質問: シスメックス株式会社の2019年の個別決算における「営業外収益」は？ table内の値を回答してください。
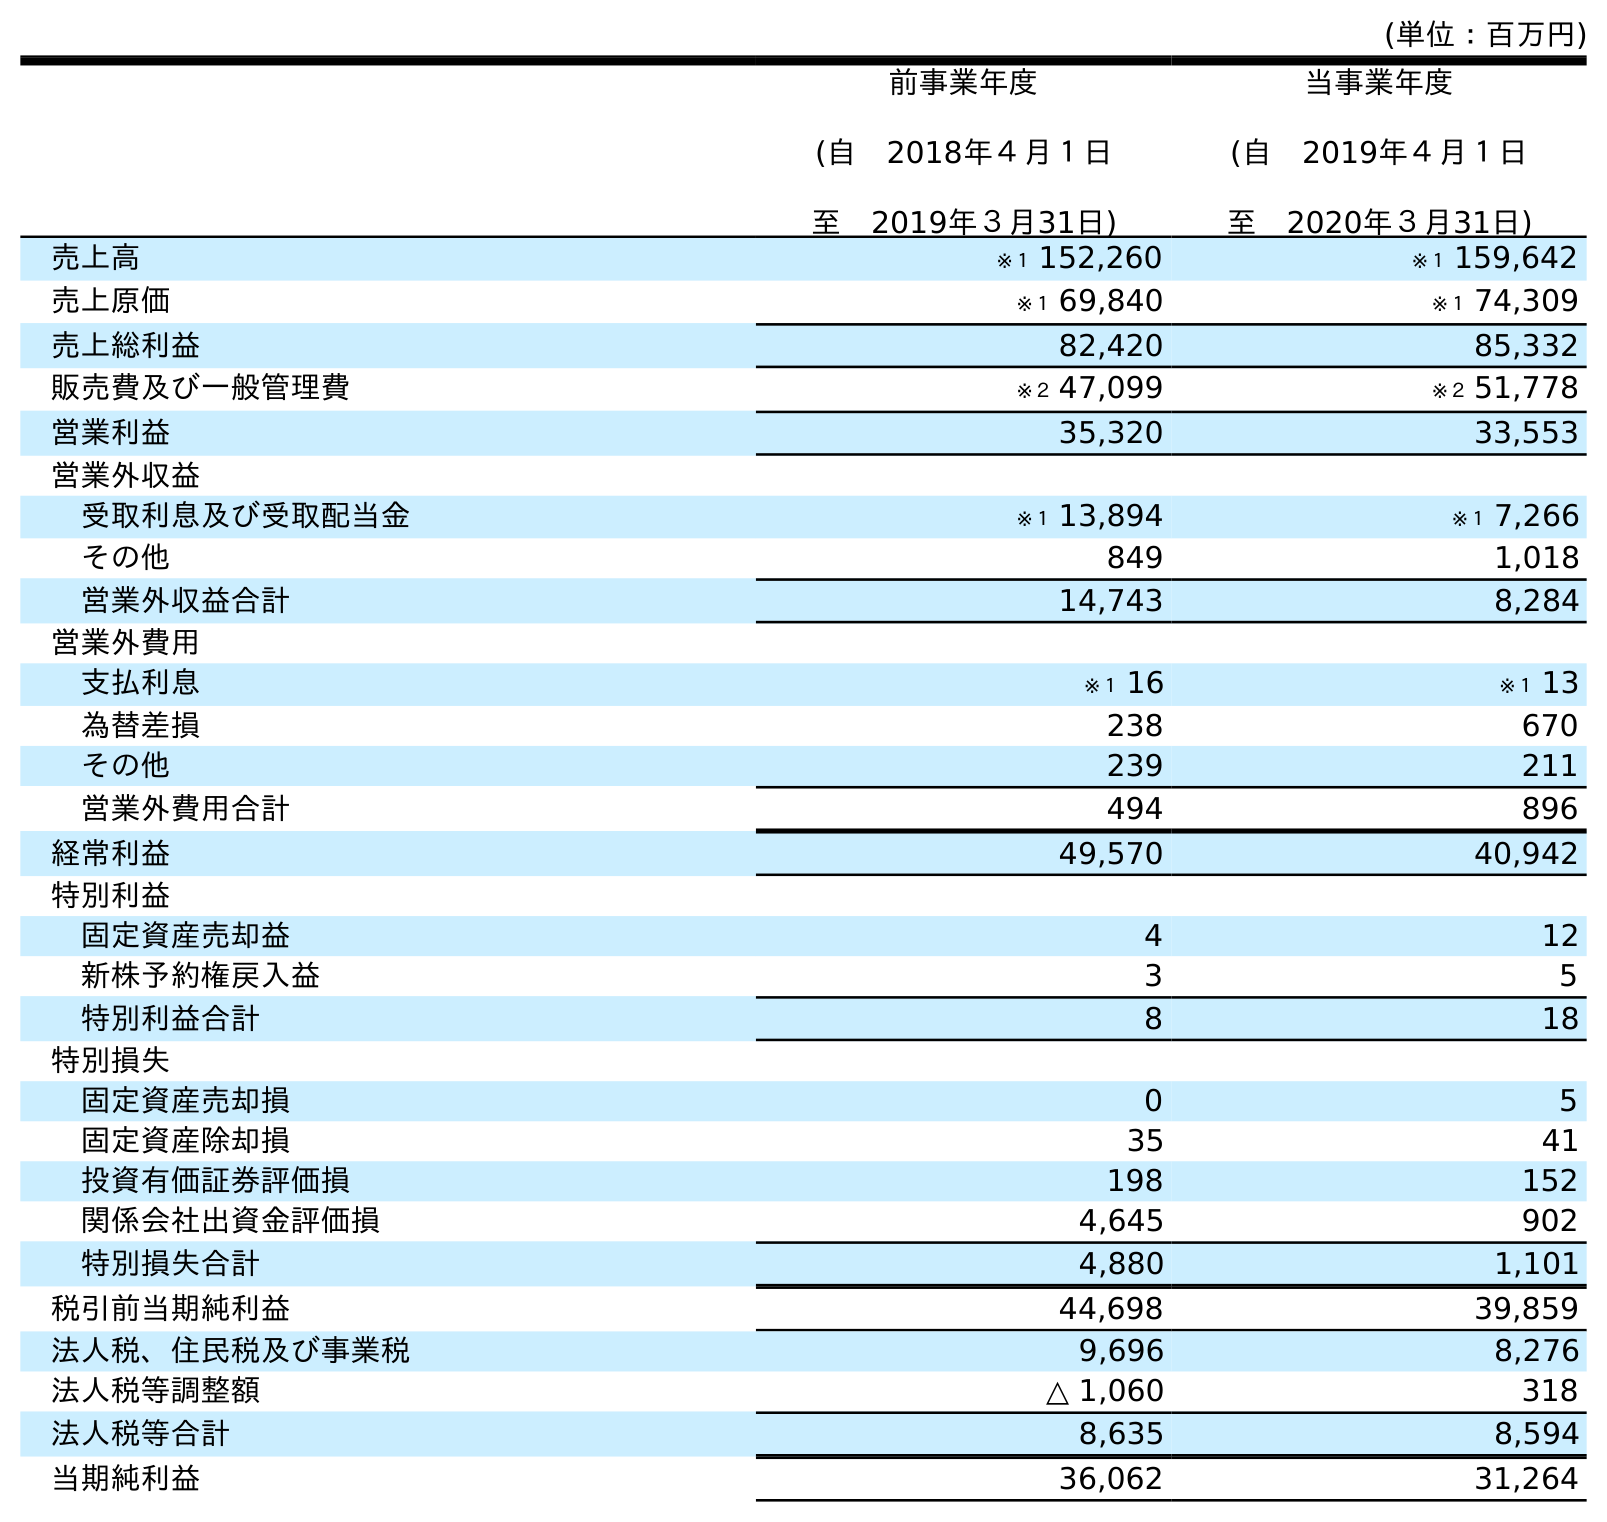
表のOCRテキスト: (単位：百万円) 前事業年度 (自 2018年４月１日 至 2019年３月31日) 当事業年度 (自 2019年４月１日 至 2020年３月31日) 売上高 ※１ 152,260 ※１ 159,642 売上原価 ※１ 69,840 ※１ 74,309 売上総利益 82,420 85,332 販売費及び一般管理費 ※２ 47,099 ※２ 51,778 営業利益 35,320 33,553 営業外収益 受取利息及び受取配当金 ※１ 13,894 ※１ 7,266 その他 849 1,018 営業外収益合計 14,743 8,284 営業外費用 支払利息 ※１ 16 ※１ 13 為替差損 238 670 その他 239 211 営業外費用合計 494 896 経常利益 49,570 40,942 特別利益 固定資産売却益 4 12 新株予約権戻入益 3 5 特別利益合計 8 18 特別損失 固定資産売却損 0 5 固定資産除却損 35 41 投資有価証券評価損 198 152 関係会社出資金評価損 4,645 902 特別損失合計 4,880 1,101 税引前当期純利益 44,698 39,859 法人税、住民税及び事業税 9,696 8,276 法人税等調整額 △ 1,060 318 法人税等合計 8,635 8,594 当期純利益 36,062 31,264
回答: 14,743